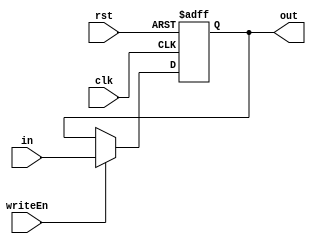
module EightBitReg(clk, rst, writeEn, in, out);
  input[7:0] in;
  output reg[7:0] out;
  input clk, rst, writeEn;
  always @ (posedge clk, posedge rst) begin
    if (rst) begin
      out <= 8'b0;
    end
    else begin
      if(writeEn) begin
        out <= in;
      end
    end
  end
endmodule